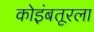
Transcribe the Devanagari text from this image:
कोइंबतूरला